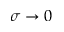
\sigma \to 0